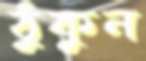
ঠুকুন